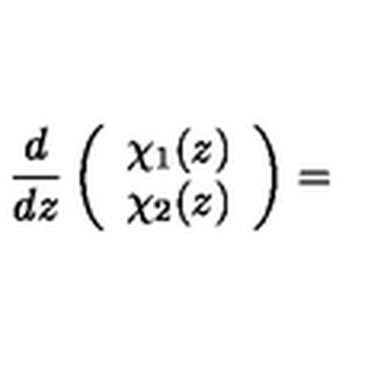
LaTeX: \frac { d } { d z } \left( \begin{array} { r r } { \chi _ { 1 } ( z ) } \\ { \chi _ { 2 } ( z ) } \\ \end{array} \right) =